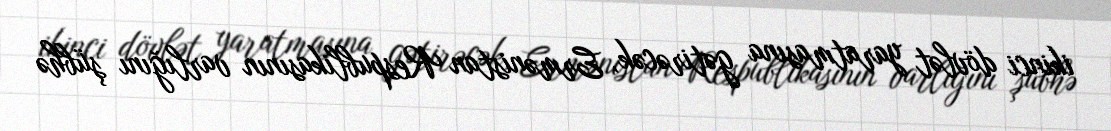
ikinci dövlət yaratmasına gətirəcək, Ermənistan Respublikasının varlığını şübhə